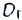
Text: D1